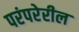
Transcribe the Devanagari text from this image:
परंपरेरील